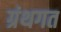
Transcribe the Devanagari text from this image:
ग्रंथगत